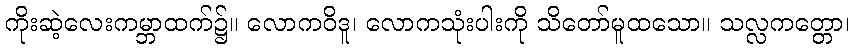
ကိုးဆဲ့လေးကမ္ဘာထက်၌။ လောကဝိဒူ၊ လောကသုံးပါးကို သိတော်မူထသော။ သလ္လကတ္တော၊